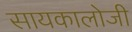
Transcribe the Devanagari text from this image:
सायकालोजी